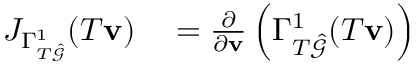
\begin{array} { r l } { J _ { \Gamma _ { T \hat { \mathcal { G } } } ^ { 1 } } ( T \mathbf { v } ) } & { { } = \frac { \partial } { \partial \mathbf { v } } \left( \Gamma _ { T \hat { \mathcal { G } } } ^ { 1 } ( T \mathbf { v } ) \right) } \end{array}